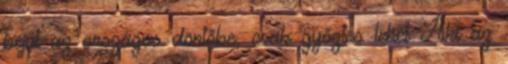
bejut az országos döntőbe, csak győztes lehet Aki az